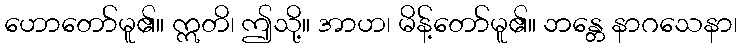
ဟောတော်မူ၏။ ဣတိ၊ ဤသို့။ အာဟ၊ မိန့်တော်မူ၏။ ဘန္တေ နာဂသေနာ၊